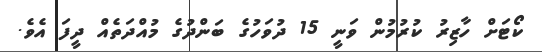
ކޯޓަށް ހާޒިރު ކުރުމުން ވަނީ 15 ދުވަހުގެ ބަންދުގެ މުއްދަތެއް ދީފަ އެވެ.